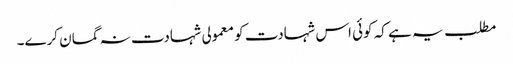
مطلب یہ ہے کہ کوئی اس شہادت کو معمولی شہادت نہ گمان کرے۔